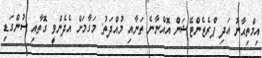
އިމްތިޙާނު އަދި ޕްރެޒެންޓޭޝަން އޮއްނާނެ ތަނާއި މުއްދަތު: މަގާމަށް އެދެންވީ ގޮތާއި ސުންގަޑި